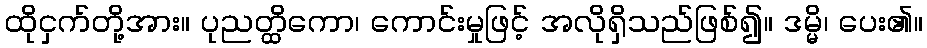
ထိုငှက်တို့အား။ ပုညတ္ထိကော၊ ကောင်းမှုဖြင့် အလိုရှိသည်ဖြစ်၍။ ဒမ္မိ၊ ပေး၏။